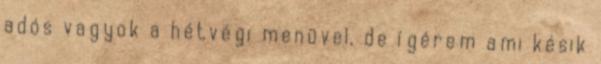
adós vagyok a hétvégi menüvel, de ígérem ami késik